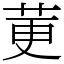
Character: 莄